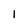
Character: 1